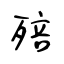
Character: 殕